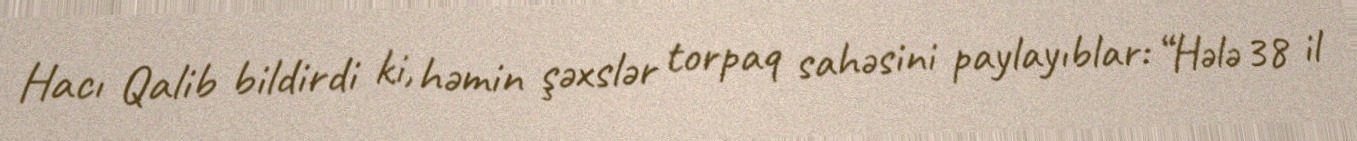
Hacı Qalib bildirdi ki, həmin şəxslər torpaq sahəsini paylayıblar: “Hələ 38 il